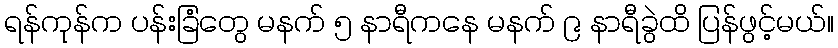
ရန်ကုန်က ပန်းခြံတွေ မနက် ၅ နာရီကနေ မနက် ၉ နာရီခွဲထိ ပြန်ဖွင့်မယ်။